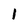
Character: 1